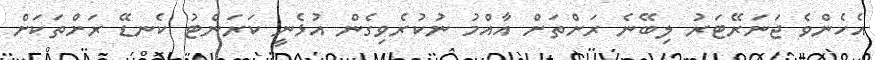
އެހެންވެ ޖަނަރޭޓަރު ލިބޭނެ ރަށްތަށް އާއްމު ނުކުރެވިގެން އުޅެނީ ކަރަންޓު ކެނޑޭ ރަށްތަކަށް